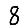
Digit: 8